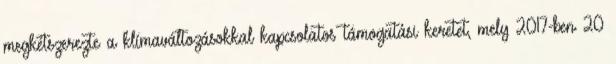
megkétszerezte a klímaváltozásokkal kapcsolatos támogatási keretet, mely 2017-ben 20